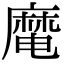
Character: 𪎜